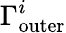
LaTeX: \Gamma_{\mathrm{{outer}}}^{i}